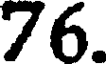
76.